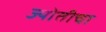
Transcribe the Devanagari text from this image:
ज्योतीचा